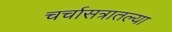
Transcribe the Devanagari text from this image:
चर्चासत्रातल्या